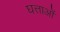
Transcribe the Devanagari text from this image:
घत्ताओं